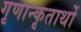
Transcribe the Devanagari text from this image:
गृणान्कृतार्थो